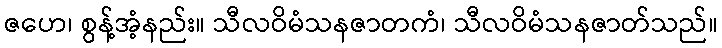
ဇဟေ၊ စွန့်အံ့နည်း။ သီလဝိမံသနဇာတကံ၊ သီလဝိမံသနဇာတ်သည်။